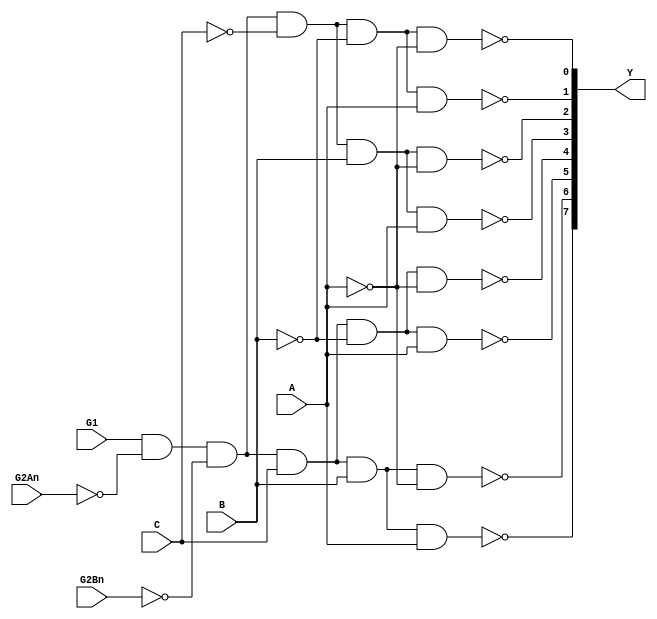
//8 3-8

//  assign 
module Decoder138(
    input C, B, A, G1, G2An, G2Bn,
    output [7:0] Y
);

    assign Y[0] = ~(G1 & ~G2An & ~G2Bn & ~C & ~B & ~A);
    assign Y[1] = ~(G1 & ~G2An & ~G2Bn & ~C & ~B & A);
    assign Y[2] = ~(G1 & ~G2An & ~G2Bn & ~C & B & ~A);
    assign Y[3] = ~(G1 & ~G2An & ~G2Bn & ~C & B & A);
    assign Y[4] = ~(G1 & ~G2An & ~G2Bn & C & ~B & ~A);
    assign Y[5] = ~(G1 & ~G2An & ~G2Bn & C & ~B & A);
    assign Y[6] = ~(G1 & ~G2An & ~G2Bn & C & B & ~A);
    assign Y[7] = ~(G1 & ~G2An & ~G2Bn & C & B & A);

endmodule

//  case 
// module Decoder138(C,B,A,G1,G2An,G2Bn,Y);
// 	input C,B,A,G1,G2An,G2Bn;
// 	output reg [7:0]Y;

//     always@(*)
//         begin
//         if({G1,G2An,G2Bn}==3'b100)
//                 case({C,B,A})
//                 3'b000:Y=8'b1111_1110;
//                 3'b001:Y=8'b1111_1101;
//                 3'b010:Y=8'b1111_1011;
//                 3'b011:Y=8'b1111_0111;
//                 3'b100:Y=8'b1110_1111;
//                 3'b101:Y=8'b1101_1111;
//                 3'b110:Y=8'b1011_1111;
//                 3'b111:Y=8'b0111_1111;
//                 endcase
//         else 
//             Y=8'b11111111;
//         end
// endmodule


//  if-else 
// module Decoder138(C, B, A, G1, G2An, G2Bn, Y);
//     input C, B, A, G1, G2An, G2Bn;
//     output reg [7:0] Y;

//     always @(*)
//     begin
//         if ({G1, G2An, G2Bn} == 3'b100)
//         begin
//             if ({C, B, A} == 3'b000)
//                 Y = 8'b1111_1110;
//             else if ({C, B, A} == 3'b001)
//                 Y = 8'b1111_1101;
//             else if ({C, B, A} == 3'b010)
//                 Y = 8'b1111_1011;
//             else if ({C, B, A} == 3'b011)
//                 Y = 8'b1111_0111;
//             else if ({C, B, A} == 3'b100)
//                 Y = 8'b1110_1111;
//             else if ({C, B, A} == 3'b101)
//                 Y = 8'b1101_1111;
//             else if ({C, B, A} == 3'b110)
//                 Y = 8'b1011_1111;
//             else if ({C, B, A} == 3'b111)
//                 Y = 8'b0111_1111;
//             else
//                 Y = 8'b11111111;
//         end
//         else
//             Y = 8'b11111111;
//     end
// endmodule